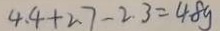
4 . 4 + 2 7 - 2 . 3 = 4 8 g